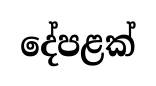
දේපළක්